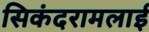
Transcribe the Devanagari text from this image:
सिकंदरामलाई